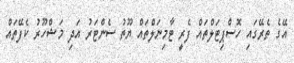
އޭގެ ތެރޭގައި ހޮސްޕިޓަލްތައް ފެރީ ޓާމިނަލްތައް ޔޫތު ސެންޓަރު އަދި މަޝްހޫރު ކެފޭތައް